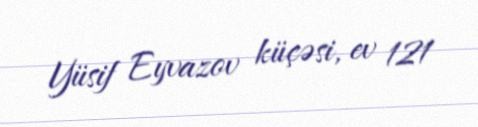
Yüsif Eyvazov küçəsi, ev 121